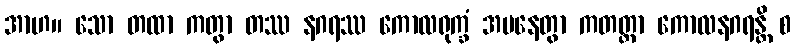
အာဟ။ သော တထာ ကတွာ တဿ နဂရဿ ကောလရုက္ခံ အပနေတွာ ကတတ္တာ ကောလနဂရန္တိ စ